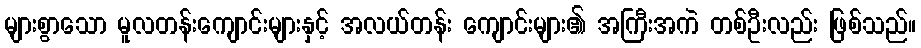
များစွာသော မူလတန်းကျောင်းများနှင့် အလယ်တန်း ကျောင်းများ၏ အကြီးအကဲ တစ်ဦးလည်း ဖြစ်သည်။